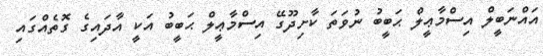
އައްނަބީލް އިސްމާޢީލް ޙަބީބު ނުވަތަ ކާށިދޫގޭ އިސްމާޢީލް ޙަބީބު އަކީ އާދައިގެ ގޮތެއްގައި